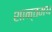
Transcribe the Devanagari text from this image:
शान्तमय